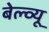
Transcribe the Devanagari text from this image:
बेल्व्यू